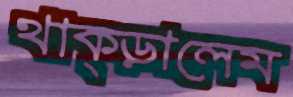
থাক্‌ড়ালেম